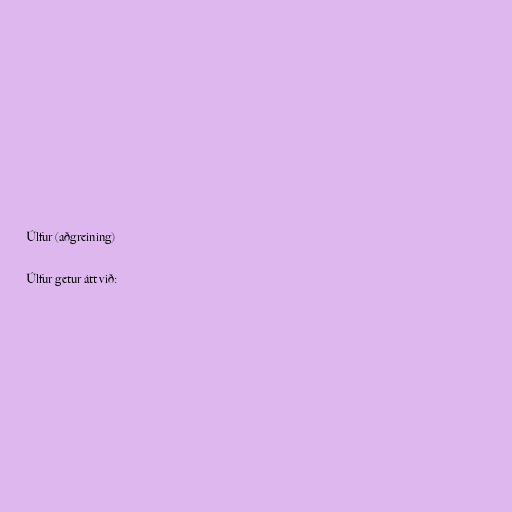
Úlfur (aðgreining)

Úlfur getur átt við: